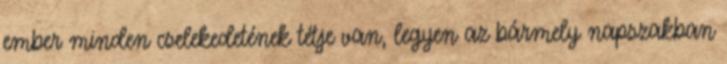
ember minden cselekedetének tétje van, legyen az bármely napszakban